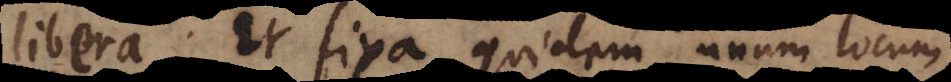
libera. Et fixa quidem unum locum